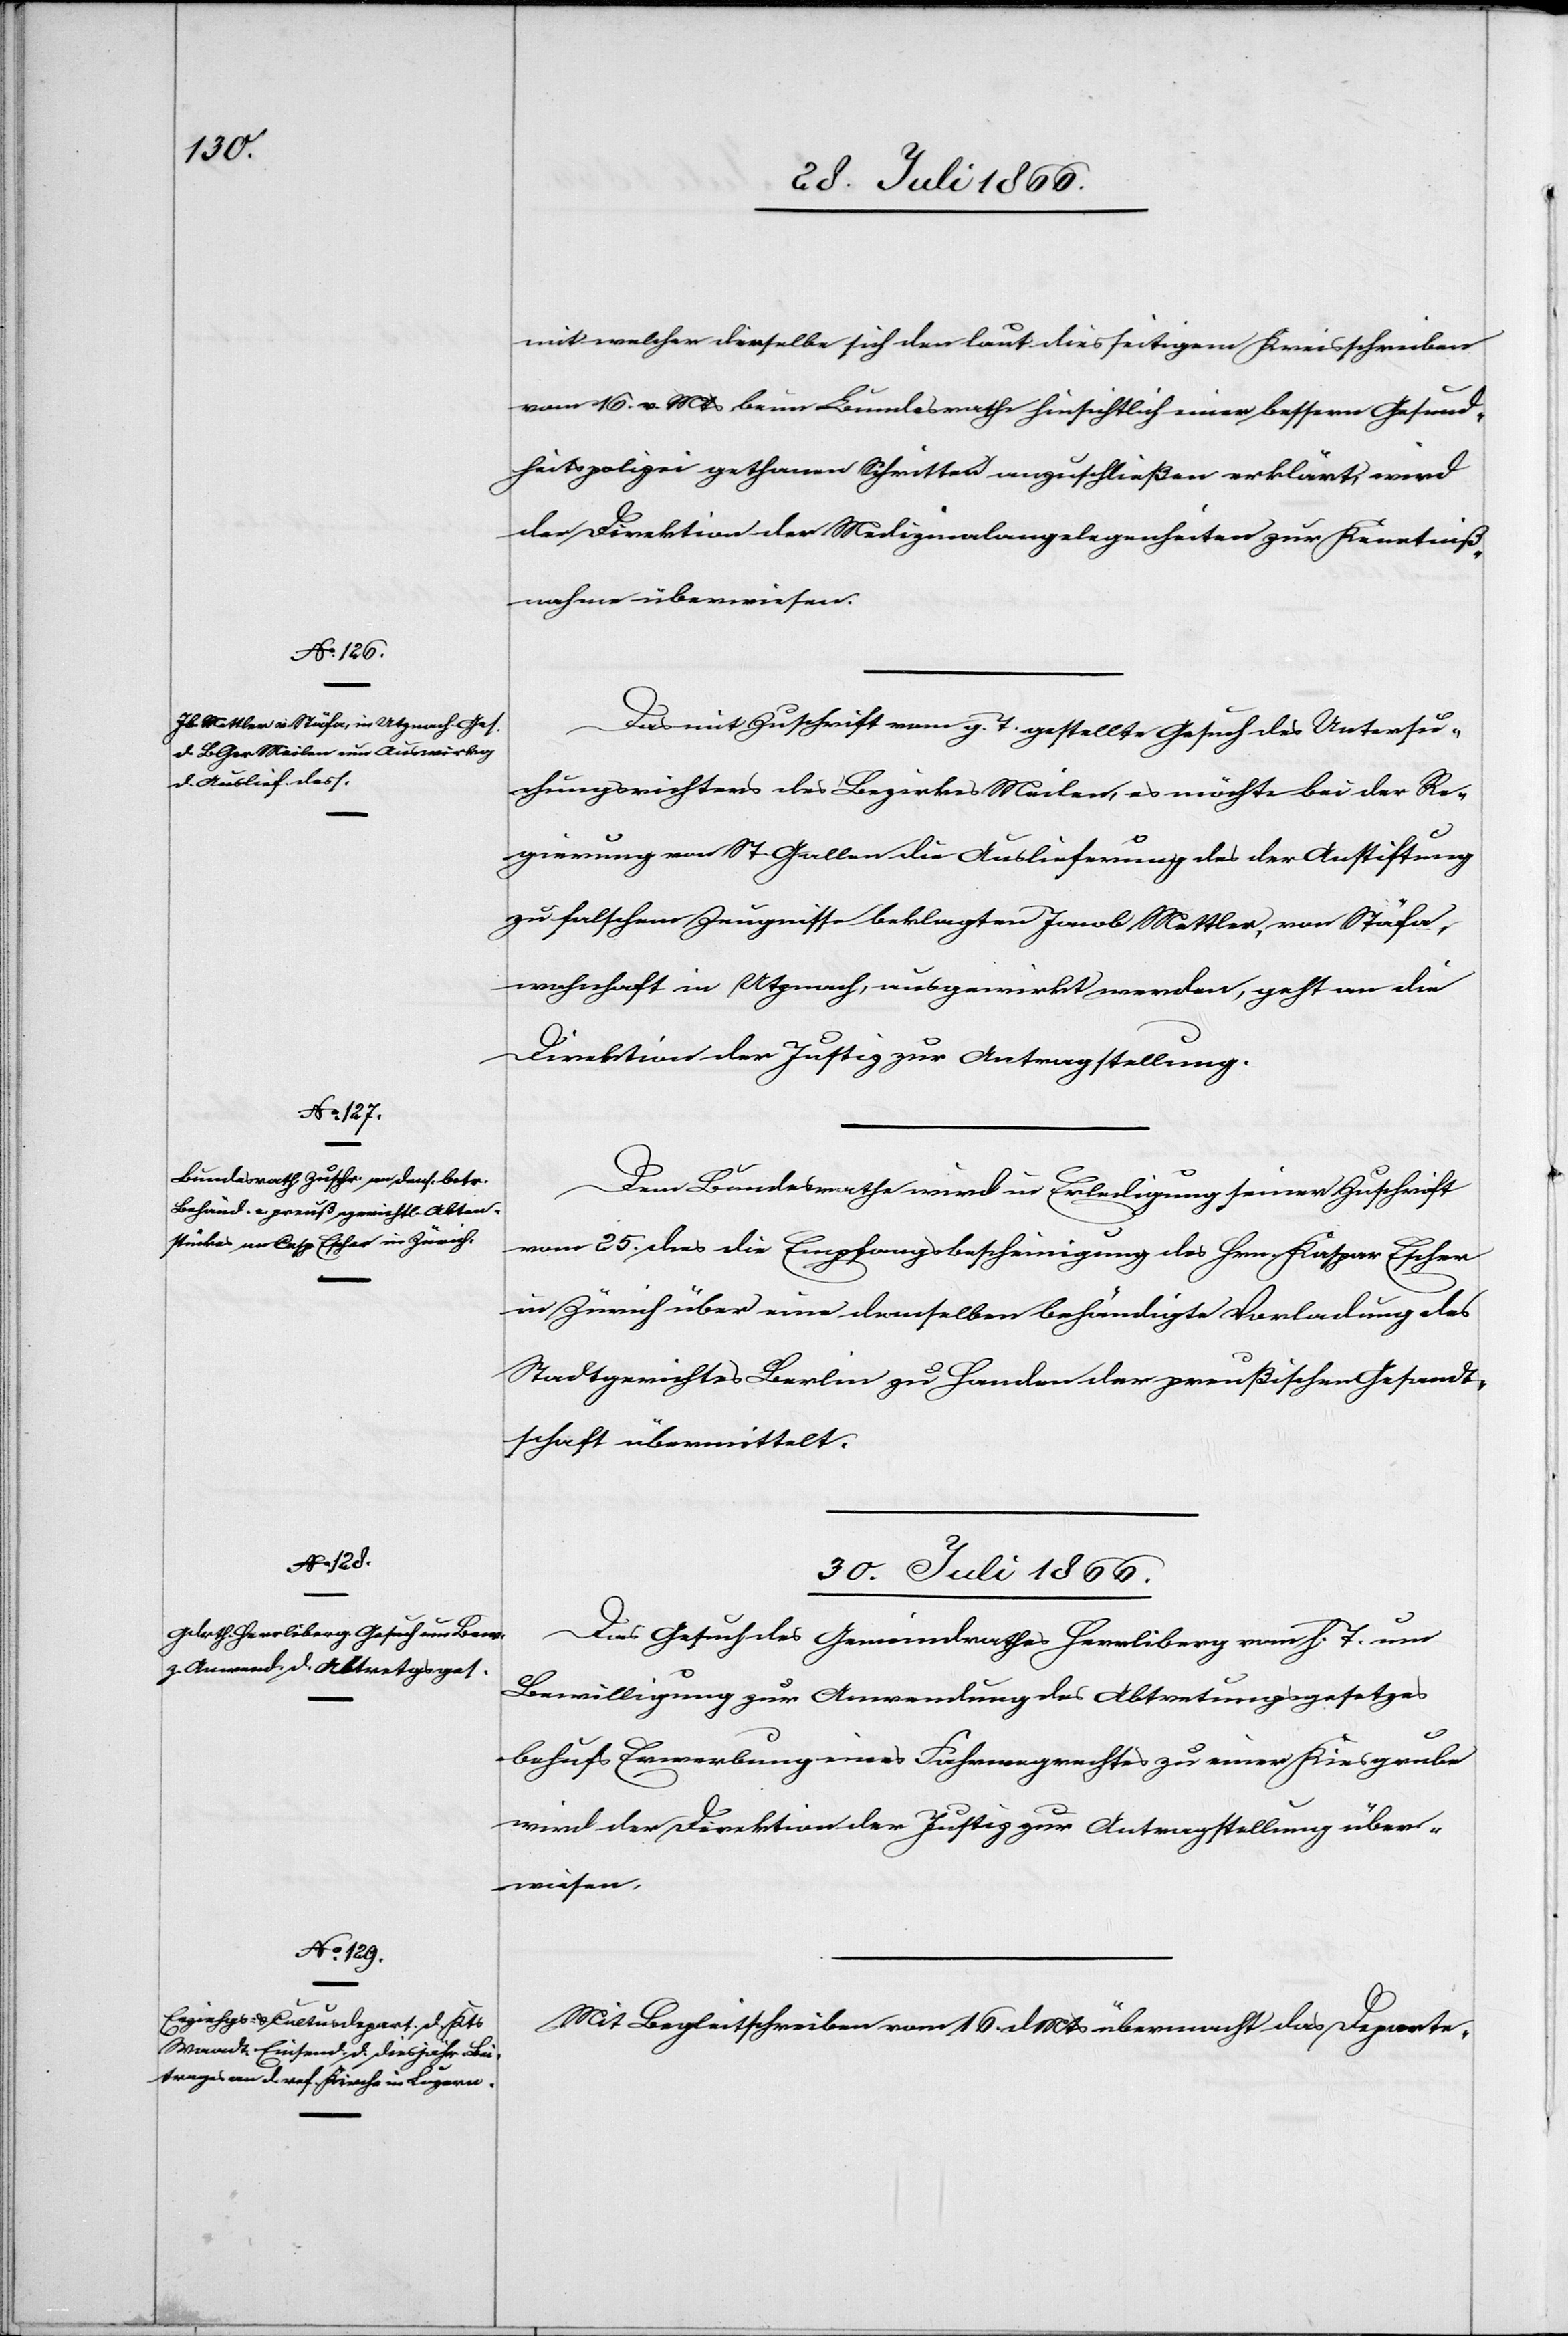
30. Juli 1866.]
mit welcher dieselbe sich den laut diesseitigen Kreisschreiben
vom 16. v. Mts. beim Bundesrath hinsichtlich einer bessern Gesund¬
heitspolizei gethanen Schritten anzuschließen erklärt, wird
der Direktion der Medizinalangelegenheiten zur Kenntniß¬
nahme überwiesen.
Das mit Zuschrift vom g. T. gestellte Gesuch des Untersu¬
chungsrichters des Bezirkes Meilen, es möchte bei der Re¬
gierung von St. Gallen die Auslieferung des der Anstiftung
zu falschem Zeugnisse beklagten Jacob Mattler, von Stäfa,
wohnhaft in Utznach, ausgewirkt werden, geht an die
Direktion der Justiz zur Antragstellung.
Dem Bundesrath wird in Erledigung seiner Zuschrift
vom 25. dies die Empfangsbescheinigung des Hrn. Kasp. Escher
in Zürich über eine demselben behändigte Vorladung des
Stadtgerichtes Berlin zu Handen der preußischen Gesandt¬
schaft übermittelt.
30. Juli 1866.
Das Gesuch des Gemeindrathes Herrliberg vom h. T. um
Bewilligung zur Anwendung des Abtretungsgesetzes
behufs Erwerbung eines Fahrwegrechtes zu einer Kiesgrube
wird der Direktion der Justiz zur Antragstellung über¬
wiesen.
Mit Begleitschreiben vom 16. dMts übermacht das Departe-